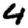
Digit: 4